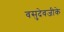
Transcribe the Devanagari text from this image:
वसुदेवजीके